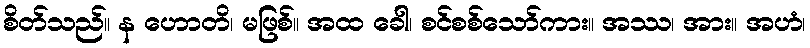
စိတ်သည်။ န ဟောတိ၊ မဖြစ်။ အထ ခေါ၊ စင်စစ်သော်ကား။ အဿ၊ အား။ အဟံ၊